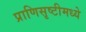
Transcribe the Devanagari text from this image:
प्राणिसृष्टीमध्ये